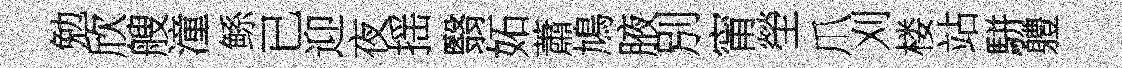
勉欣艘潼鲧已迎夜揺翳妬蕭鳩腋別甯塋爪刈楼站駢軆